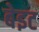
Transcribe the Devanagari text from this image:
बेइट